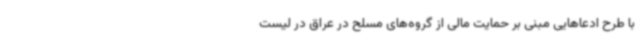
با طرح ادعاهایی مبنی بر حمایت مالی از گروه‌های مسلح در عراق در لیست